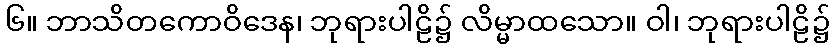
၆။ ဘာသိတကောဝိဒေန၊ ဘုရားပါဠိ၌ လိမ္မာထသော။ ဝါ၊ ဘုရားပါဠိ၌